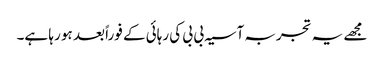
مجھے یہ تجربہ آسیہ بی بی کی رہائی کے فوراً بعد ہو رہا ہے۔